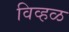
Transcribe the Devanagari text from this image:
विव्हळ